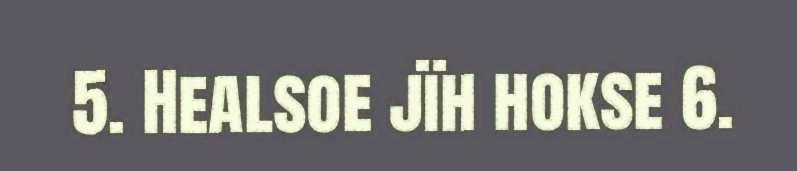
5. Healsoe jïh hokse 6.